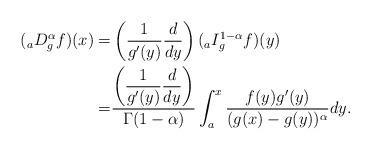
LaTeX: \begin{align*} ({}_aD_g^{\alpha} f) (x) = &\left(\frac{1}{g'(y) } \frac{d}{dy} \right) ( {}_{a}I_g^{1-\alpha} f )(y) \\= &\frac{\left(\displaystyle\frac{1}{g'(y)} \displaystyle\frac{d}{dy} \right)}{\Gamma (1-\alpha) } \int_a^x \frac{ f(y) g'(y) }{(g(x)- g(y))^{\alpha}}dy.\end{align*}